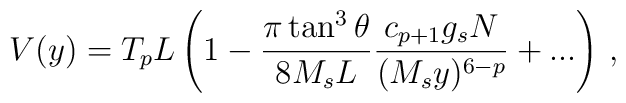
V(y) = T_p L \left(1 -\frac{\pi\tan^3\theta}{8 M_sL}\frac{c_{p+1}g_sN}{(M_sy)^{6-p}} + ...\right)\,,